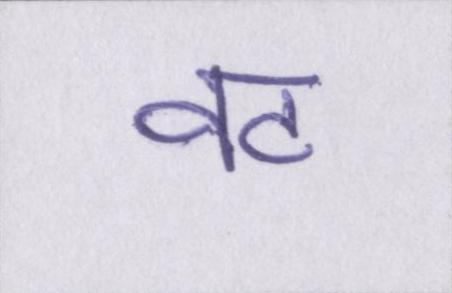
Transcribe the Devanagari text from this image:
वट